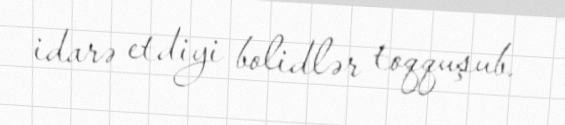
idarə etdiyi bolidlər toqquşub.